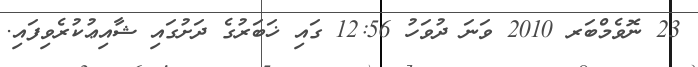
23 ނޮވެމްބަރ 2010 ވަނަ ދުވަހު 12:56 ގައި ޚަބަރުގެ ދަށުގައި ޝާއިޢުކުރެވިފައި.